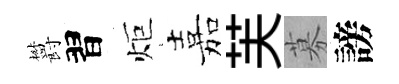
欝習炬嘉芙募謗